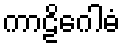
ကာဠိဂေါဓံ